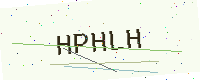
Text: HPHLH